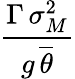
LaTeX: \frac{\Gamma\, \sigma_{M}^{2}}{g\, \overline{{\theta}}}